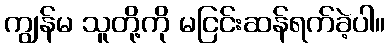
ကျွန်မ သူတို့ကို မငြင်းဆန်ရက်ခဲ့ပါ။